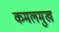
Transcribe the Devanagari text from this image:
कमलमुख